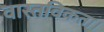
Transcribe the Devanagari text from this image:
वास्तविकता।